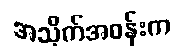
အသိုက်အဝန်းက